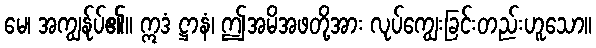
မေ၊ အကျွန်ုပ်၏။ ဣဒံ ဋ္ဌာနံ၊ ဤအမိအဖတို့အား လုပ်ကျွေးခြင်းတည်းဟူသော။